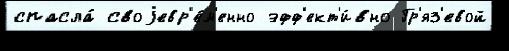
спасла́ своjевр'е́м'енно эфф'ект'и́вно Гр'яз'евой